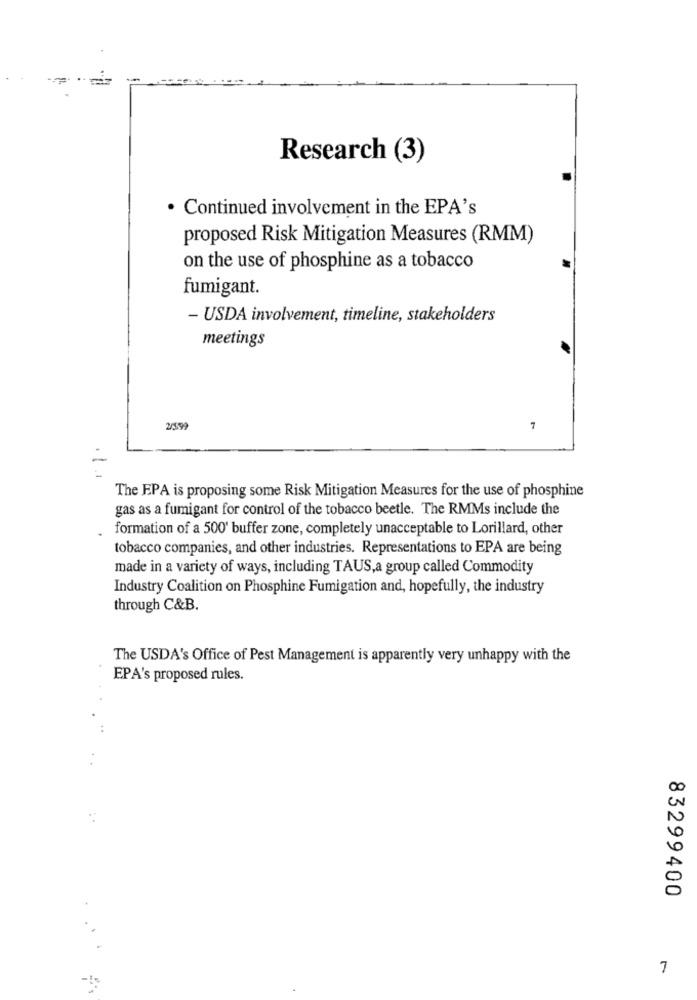
Research (3)
· Continued involvement in the EPA's
proposed Risk Mitigation Measures (RMM)
on the use of phosphine as a tobacco
fumigant.
- USDA involvement, timeline, stakeholders
meetings
2599
7
The EPA is proposing some Risk Mitigation Measures for the use of phosphine
gas as a fumigant for control of the tobacco beetle. The RMMs include the
formation of a 500' buffer zone, completely unacceptable to Lorillard, other
tobacco companies, and other industries. Representations to EPA are being
made in a variety of ways, including TAUS,a group called Commodity
Industry Coalition on Phosphine Fumigation and, hopefully, the industry
through C&B.
The USDA's Office of Pest Management is apparently very unhappy with the
EPA's proposed rules.
..
83299400
7